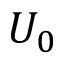
U _ { 0 }